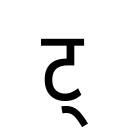
OCR:
ट्